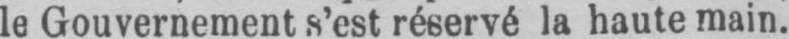
le Gouvernement s’est réservé la haute main.